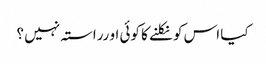
کیا اس کو نکلنے کا کوئی او رراستہ نہیں ؟